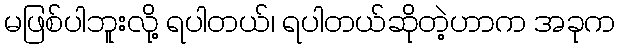
မဖြစ်ပါဘူးလို့ ရပါတယ်၊ ရပါတယ်ဆိုတဲ့ဟာက အခုက